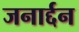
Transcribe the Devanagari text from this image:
जनार्द्दन